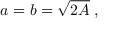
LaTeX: a = b = { \sqrt { 2 A } } \; ,